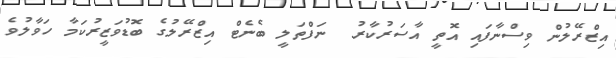
އިޒްރޭލުން ވިސްނާފައި އޮތީ އާސަރުކާރު  ނަފްތަލީ ބެނެޓް އިޒްރޭލުގެ ބޮޑުވަޒީރުކަމާ ހަވާލުވެ